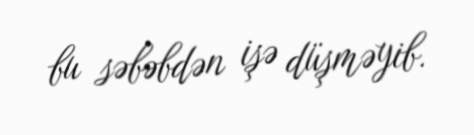
bu səbəbdən işə düşməyib.